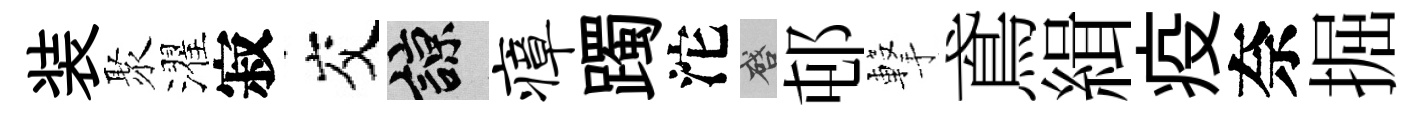
装聚濯寂交諒瘴躅沱啓邨撃鳶緝疫奈掘